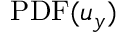
\mathrm { P D F } ( u _ { y } )